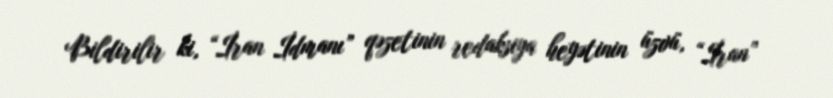
Bildirilir ki, “İran İdmanı” qəzetinin redaksiya heyətinin üzvü, “İran”